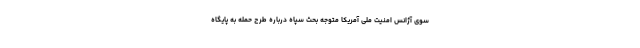
سوی آژانس امنیت ملی آمریکا متوجه بحث سپاه درباره طرح حمله به پایگاه